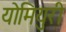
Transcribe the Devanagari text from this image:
योमियुरी